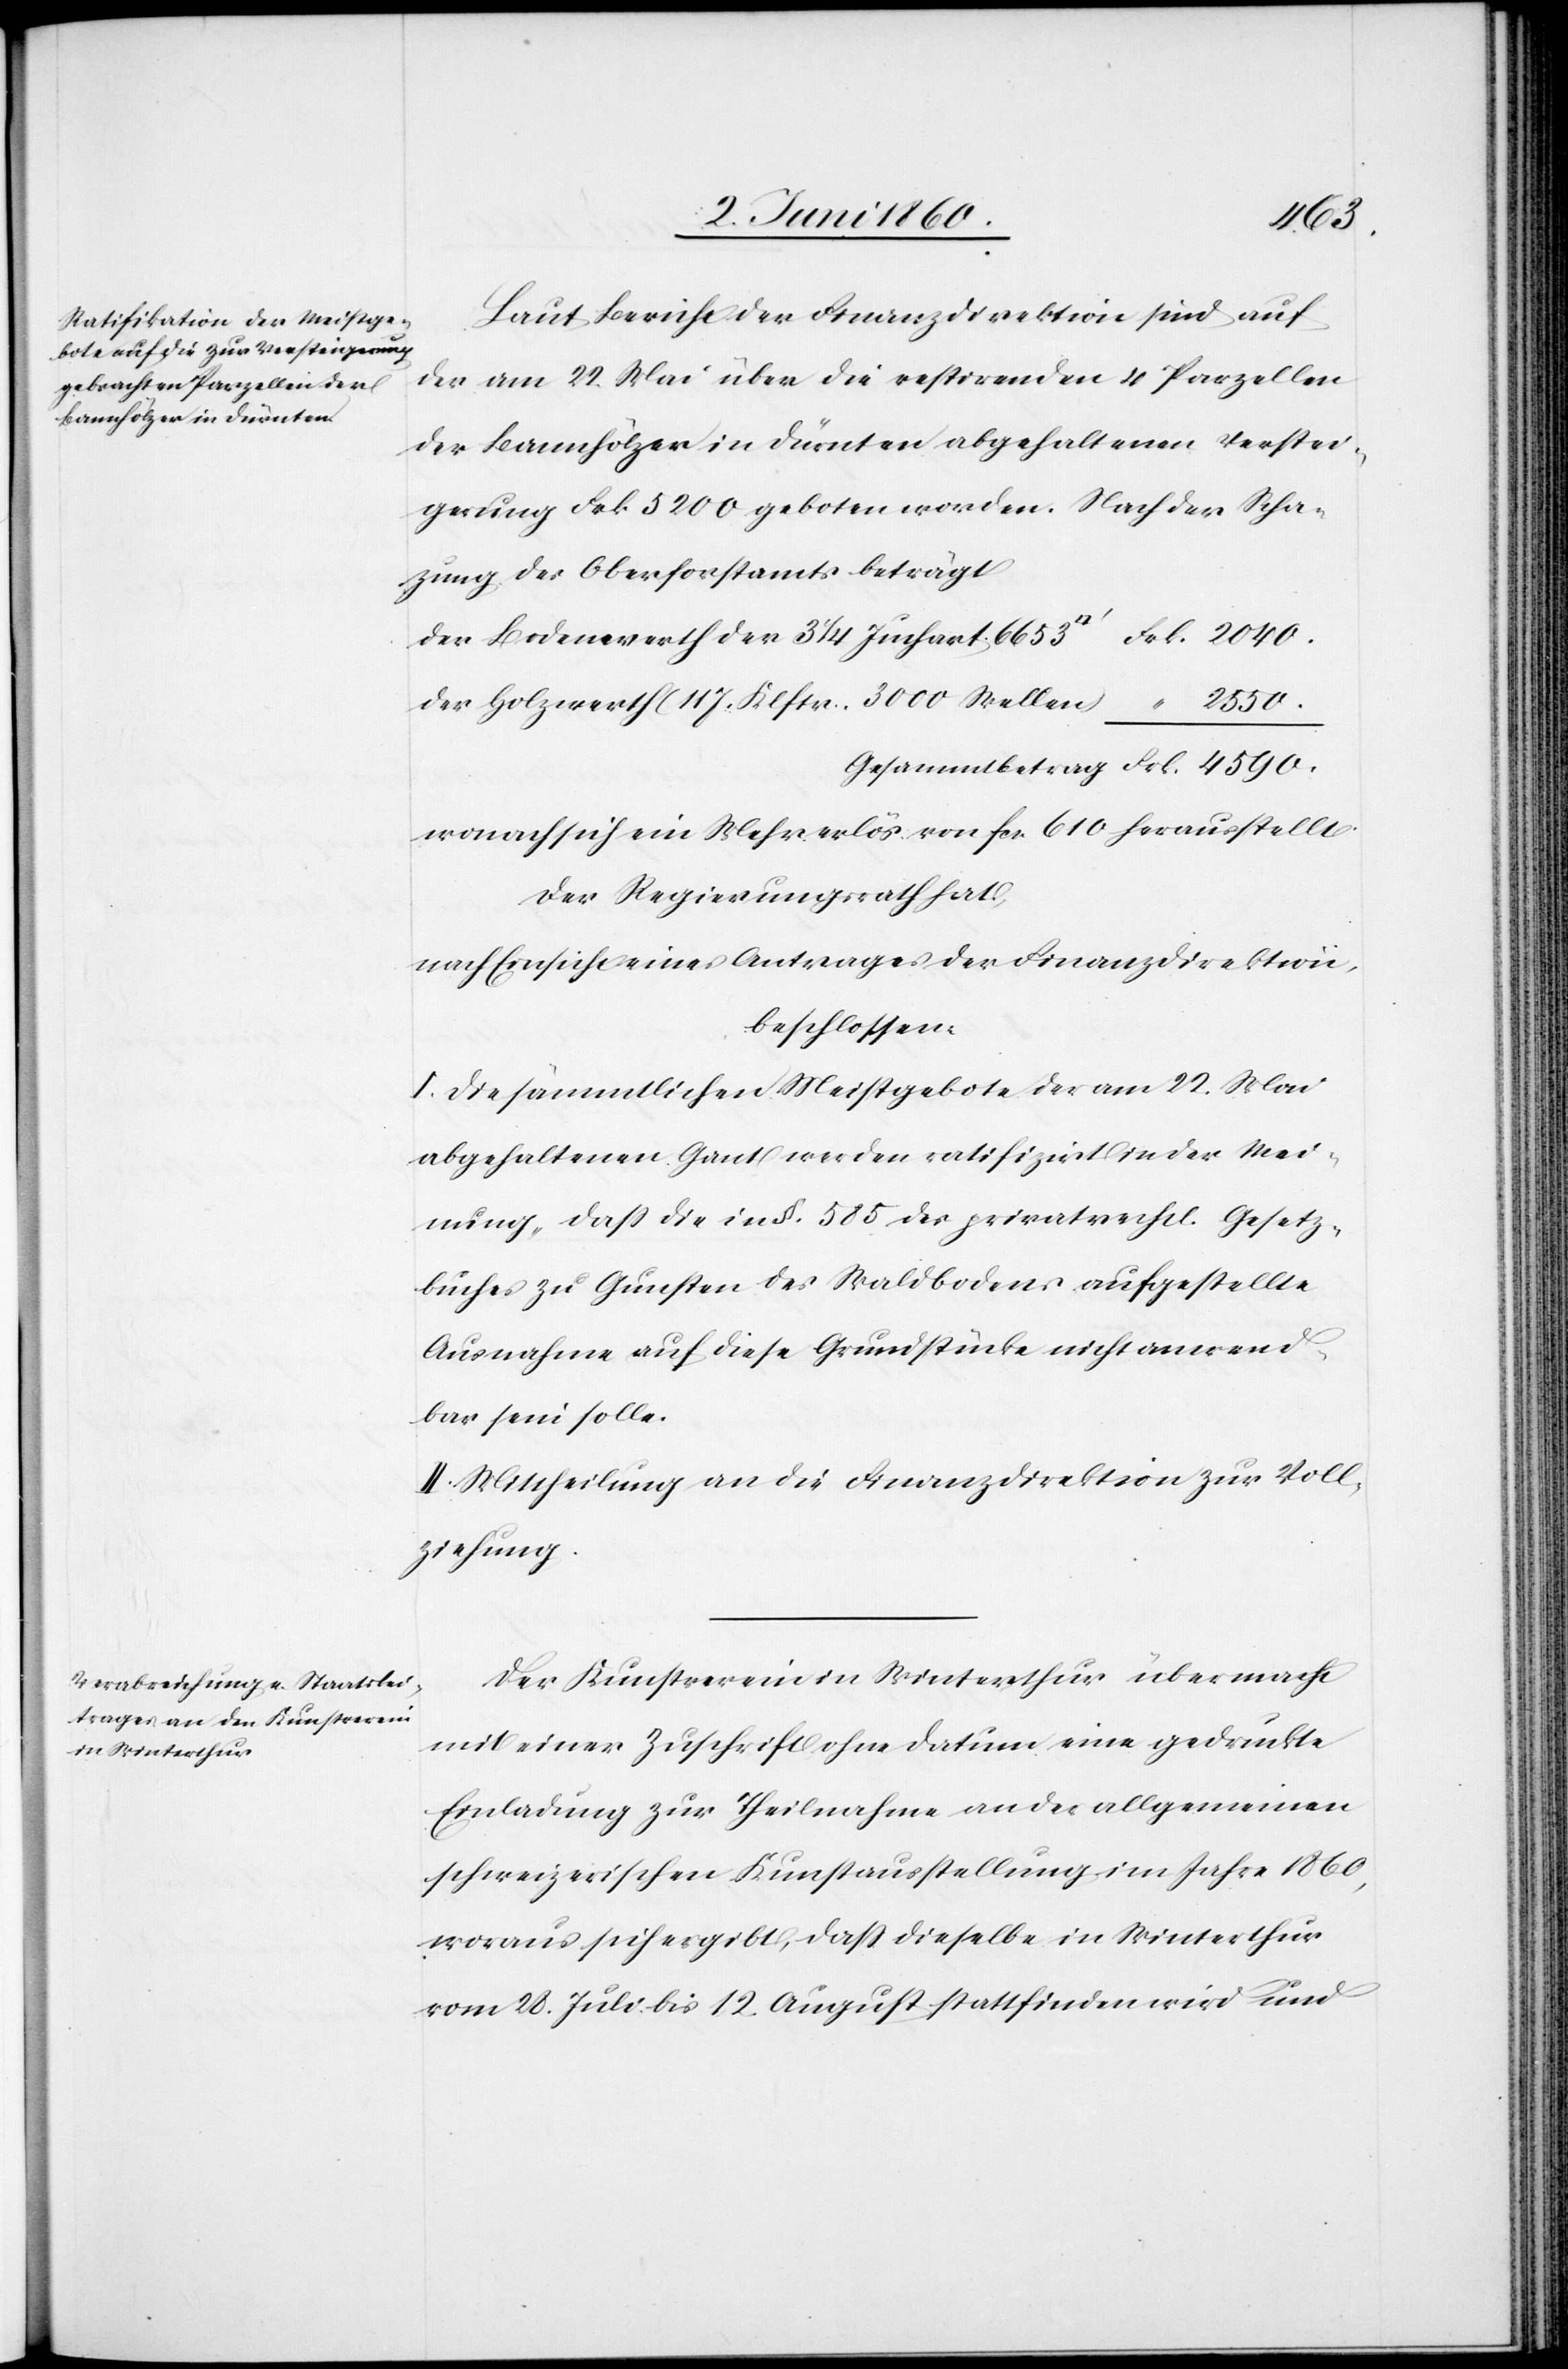
4590.
Laut Berichte der Finanzdirektion sind auf
der am 22. Mai über die restirenden 4 Parzellen
der Bannhölzer in Dürnten abgehaltenen Verstei¬
gerung Frk. 5200 geboten worden. Nach der Scha¬
zung des Oberforstamtes beträgt
der Bodenwerth der 3 1/4 Juchart 6653 [Quadratfuss]
der Holzwert (11 J. Klstr. 3000 Wellen)
wonach sich ein Mehrerlös von fcs. 610 herausstellt.
Der Regierungsrath hat,
nach Einsicht eines Antrages der Finanzdirektion,
beschlossen:
I. Die sämmtlichen Meistgebote der am 22. Mai
abgehaltenen Gant werden ratifizirt in der Mei¬
nung, dass die in §. 585 des privatrechtl. Gesetz¬
buches zu Gunsten des Waldbodens aufgestellte
Ausnahme auf diese Grundstücke nicht anwend¬
bar sein solle.
II. Mittheilung an die Finanzdirektion zur Voll¬
ziehung.
Der Kunstverein in Winterthur übermacht
mit einer Zuschrift ohne Datum eine gedruckte
Einladung zur Theilnahme an der allgemeinen
schweizerischen Kunstausstellung im Jahre 1860,
woraus sich ergibt, dass dieselbe in Winterthur
vom 28. Juli bis 12. August stattfinden wird und